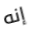
إنه